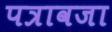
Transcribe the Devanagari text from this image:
पत्रावजा